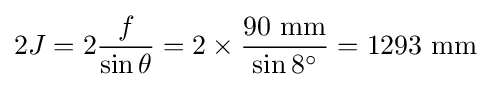
2J=2{\frac {f}{\sin \theta }}=2\times {\frac {90{\text{ mm}}}{\sin 8^{\circ }}}=1293{\text{ mm}}